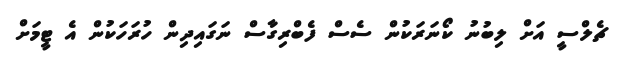
ޗެލްސީ އަށް ލިބުނު ކޯނަރަކުން ސެސް ފެބްރިގާސް ނަގައިދިން ހުރަހަކުން އެ ޓީމަށް